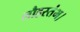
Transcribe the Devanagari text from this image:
लौहस्तंभ।